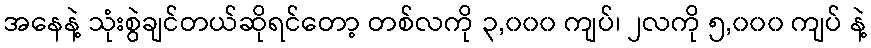
အနေနဲ့ သုံးစွဲချင်တယ်ဆိုရင်တော့ တစ်လကို ၃,၀၀၀ ကျပ်၊ ၂လကို ၅,၀၀၀ ကျပ် နဲ့